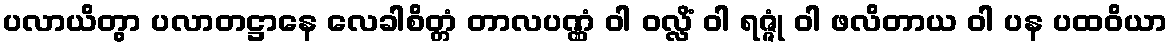
ပလာယိတွာ ပလာတဋ္ဌာနေ လေခါစိတ္တံ တာလပဏ္ဏံ ဝါ ဝလ္လိံ ဝါ ရဇ္ဇုံ ဝါ ဖလိတာယ ဝါ ပန ပထဝိယာ